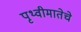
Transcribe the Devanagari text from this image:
पृथ्वीमातेचे